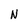
Character: N